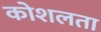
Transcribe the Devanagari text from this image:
कोशलता